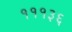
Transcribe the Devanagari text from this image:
१११३६